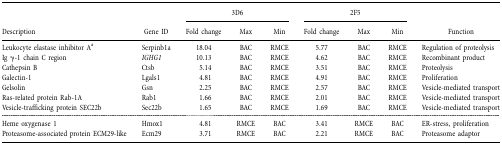
|  |  | <COLSPAN=3> 3D6 | <COLSPAN=3> 2F5 |  |
 | Description | Gene ID | Fold change | Max | Min | Fold change | Max | Min | Function |
 | --- | --- | --- | --- | --- | --- | --- | --- | --- |
 | Leukocyte elastase inhibitor Aa | Serpinb1a | 18.04 | BAC | RMCE | 5.77 | BAC | RMCE | Regulation of proteolysis |
 | Ig γ‐1 chain C region | IGHG1 | 10.13 | BAC | RMCE | 4.62 | BAC | RMCE | Recombinant product |
 | Cathepsin B | Ctsb | 5.14 | BAC | RMCE | 3.51 | BAC | RMCE | Proteolysis |
 | Galectin‐1 | Lgals1 | 4.81 | BAC | RMCE | 4.91 | BAC | RMCE | Proliferation |
 | Gelsolin | Gsn | 2.25 | BAC | RMCE | 2.57 | BAC | RMCE | Vesicle‐mediated transport |
 | Ras‐related protein Rab‐1A | Rab1 | 1.66 | BAC | RMCE | 2.01 | BAC | RMCE | Vesicle‐mediated transport |
 | Vesicle‐trafficking protein SEC22b | Sec22b | 1.65 | BAC | RMCE | 1.69 | BAC | RMCE | Vesicle‐mediated transport |
 | Heme oxygenase 1 | Hmox1 | 4.81 | RMCE | BAC | 3.41 | RMCE | BAC | ER‐stress, proliferation |
 | Proteasome‐associated protein ECM29‐like | Ecm29 | 3.71 | RMCE | BAC | 2.21 | RMCE | BAC | Proteasome adaptor |